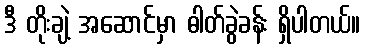
ဒီ တိုးချဲ့ အဆောင်မှာ ဓါတ်ခွဲခန်း ရှိပါတယ်။